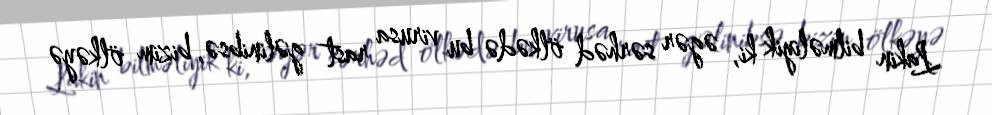
Lakin bilməliyik ki, əgər sərhəd ölkədə bu virusa rast gəlinibsə, bizim ölkəyə